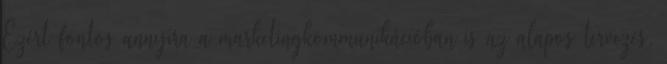
Ezért fontos annyira a marketingkommunikációban is az alapos tervezés,